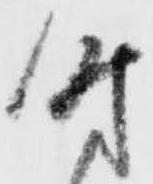
時